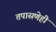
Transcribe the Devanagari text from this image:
तपासणेही